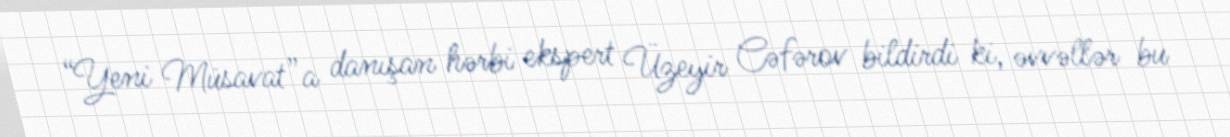
“Yeni Müsavat”a danışan hərbi ekspert Üzeyir Cəfərov bildirdi ki, əvvəllər bu